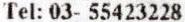
TEL: 03- 55423228